Report on sanitation, dispensaries, and jails in Rajputana for 1920, and on vaccination for the year 1920-1921 - 1920-1921
Year: 1920
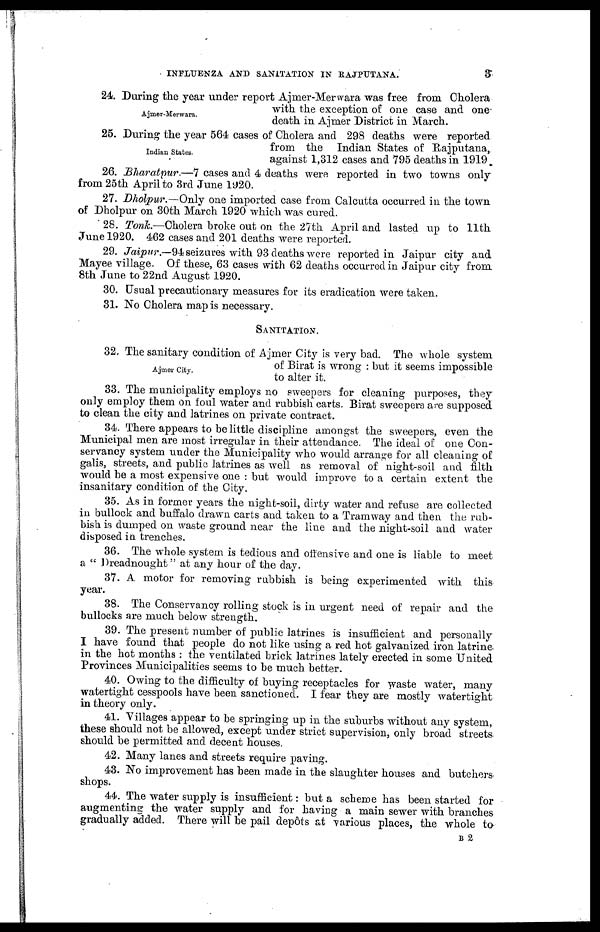
INFLUENZA AND SANITATION IN RAJPUTANA.
3
Ajmer-Merwara.
24. During the year under report Ajmer-Merwara was free from Cholera
with the exception of one case and one-
death in Ajmer District in March.
Indian States.
25. During the year 564 cases of Cholera and 298 deaths were reported
from the Indian States of Rajputana,
against 1,312 cases and 795 deaths in 1919.
26. Bharatpur.—7 cases and 4 deaths were reported in two towns only
from 25th April to 3rd June 1920.
27. Dholpur.—Only one imported case from Calcutta occurred in the town
of Dholpur on 30th March 1920 which was cured.
28. Tonk.—Cholera broke out on the 27th April and lasted up to 11th
June 1920. 462 cases and 201 deaths were reported.
29. Jaipur.—94 seizures with 93 deaths were reported in Jaipur city and
Mayee village. Of these, 63 cases with 62 deaths occurred in Jaipur city from
8th June to 22nd August 1920.
30. Usual precautionary measures for its eradication were taken.
31. No Cholera map is necessary.
SANITATION.
Ajmer City.
32. The sanitary condition of Ajmer City is very bad. The whole system
of Birat is wrong : but it seems impossible
to alter it.
33. The municipality employs no sweepers for cleaning purposes, they
only employ them on foul water and rubbish carts. Birat sweepers are supposed
to clean the city and latrines on private contract.
34. There appears to be little discipline amongst the sweepers, even the
Municipal men are most irregular in their attendance. The ideal of one Con-
servancy system under the Municipality who would arrange for all cleaning of
galis, streets, and public latrines as well as removal of night-soil and filth
would be a most expensive one : but would improve to a certain extent the
insanitary condition of the City.
35. As in former years the night-soil, dirty water and refuse are collected
in bullock and buffalo drawn carts and taken to a Tramway and then the rub-
bish is dumped on waste ground near the line and the night-soil and water
disposed in trenches.
36. The whole system is tedious and offensive and one is liable to meet
a " Dreadnought" at any hour of the day.
37. A motor for removing rubbish is being experimented with this
year.
38. The Conservancy rolling stock is in urgent need of repair and the
bullocks are much below strength.
39. The present number of public latrines is insufficient and personally
I have found that people do not like using a red hot galvanized iron latrine
in the hot months : the ventilated brick latrines lately erected in some United
Provinces Municipalities seems to be much better.
40. Owing to the difficulty of buying receptacles for waste water, many
watertight cesspools have been sanctioned. I fear they are mostly watertight
in theory only.
41. Villages appear to be springing up in the suburbs without any system,
these should not be allowed, except under strict supervision, only broad streets
should be permitted and decent houses.
42. Many lanes and streets require paving.
43. No improvement has been made in the slaughter houses and butchers
shops.
44. The water supply is insufficient: but a scheme has been started for
augmenting the water supply and for having a main sewer with branches
gradually added. There will be pail depôts at various places, the whole to
B 2